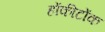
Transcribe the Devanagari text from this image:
होंकीटोंक